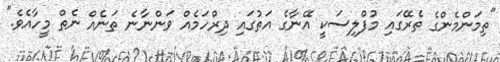
"ތިމަންމެންގެ ތެރޭގައި މުފްލިސަކީ އޭނާގެ އަތުގައި ދިރްހަމެއް ވަންނާނެ ތަނެއް ނެތް މީހާއެވެ."